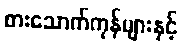
စားသောက်ကုန်များနှင့်